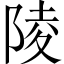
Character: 陵